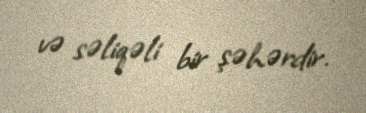
və səliqəli bir şəhərdir.